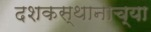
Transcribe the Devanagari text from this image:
दशकस्थानाच्या